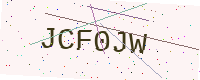
Text: JCF0JW